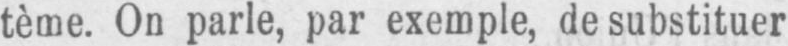
tème. On parle, par exemple, de substituer